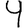
Digit: 9